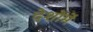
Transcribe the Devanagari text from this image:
देशोमें